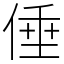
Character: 倕